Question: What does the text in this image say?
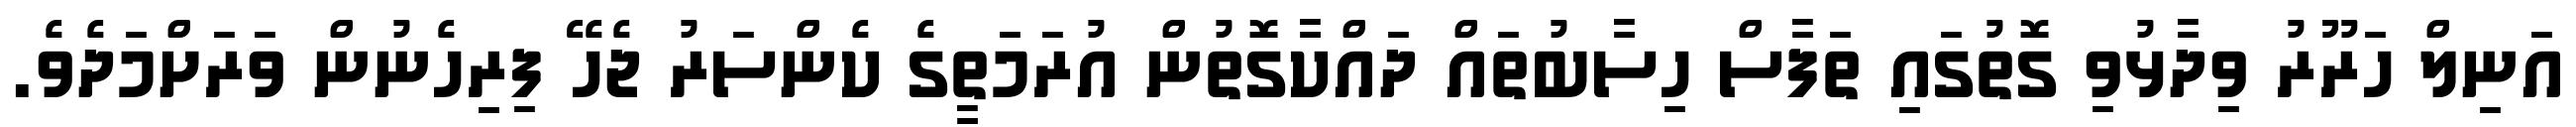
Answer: އަނިލް ހަރޫރު ވިދާޅުވި ގޮތުގައި ތަފާސް ހިސާބުތައް ދައްކާގޮތުން އުރަމަތީގެ ކެންސަރު ޖެހޭ ފިރިހެނުން ވަރަށްމަދެވެ.